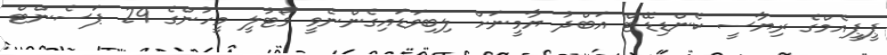
ޕީޕީއެމްގެ ރިޔާސީ ކެންޑިޑޭޓް އަބްދު ޔާމީނަށް ލިބިވަޑައިގެންނެވީ ވޯޓުލީ މީހުންގެ 29 ޕަސެންޓް